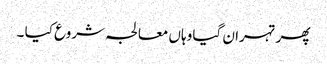
پھر تہران گیا وہاں معالجہ شروع کیا ۔